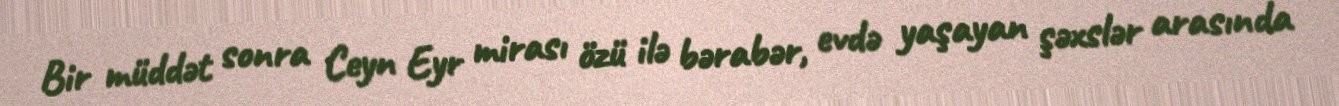
Bir müddət sonra Ceyn Eyr mirası özü ilə bərabər, evdə yaşayan şəxslər arasında